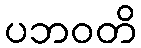
ပဘဝတိ